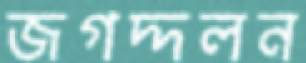
জগদ্দলন